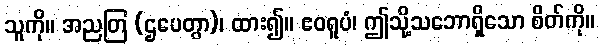
သူကို။ အညတြ (ဌပေတွာ)၊ ထား၍။ ဧဝရူပံ၊ ဤသို့သဘောရှိသော စိတ်ကို။